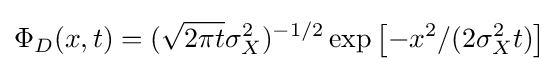
\Phi _{D}(x,t)=({\sqrt {2\pi t}}\sigma _{X}^{2})^{-1/2}\exp \left[-x^{2}/(2\sigma _{X}^{2}t)\right]